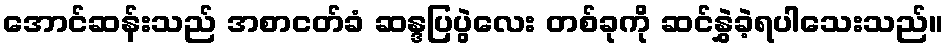
အောင်ဆန်းသည် အစာငတ်ခံ ဆန္ဒပြပွဲလေး တစ်ခုကို ဆင်နွှဲခဲ့ရပါသေးသည်။